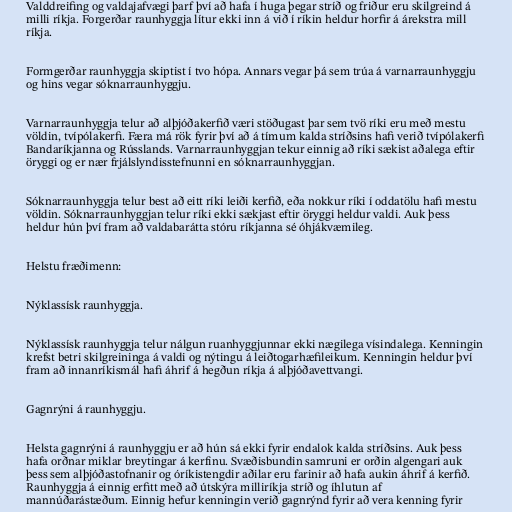
Valddreifing og valdajafvægi þarf því að hafa í huga þegar stríð og friður eru skilgreind á
milli ríkja. Forgerðar raunhyggja lítur ekki inn á við í ríkin heldur horfir á árekstra mill
ríkja.

Formgerðar raunhyggja skiptist í tvo hópa. Annars vegar þá sem trúa á varnarraunhyggju
og hins vegar sóknarraunhyggju.

Varnarraunhyggja telur að alþjóðakerfið væri stöðugast þar sem tvö ríki eru með mestu
völdin, tvípólakerfi. Færa má rök fyrir því að á tímum kalda stríðsins hafi verið tvípólakerfi
Bandaríkjanna og Rússlands. Varnarraunhyggjan tekur einnig að ríki sækist aðalega eftir
öryggi og er nær frjálslyndisstefnunni en sóknarraunhyggjan.

Sóknarraunhyggja telur best að eitt ríki leiði kerfið, eða nokkur ríki í oddatölu hafi mestu
völdin. Sóknarraunhyggjan telur ríki ekki sækjast eftir öryggi heldur valdi. Auk þess
heldur hún því fram að valdabarátta stóru ríkjanna sé óhjákvæmileg.

Helstu fræðimenn:

Nýklassísk raunhyggja.

Nýklassísk raunhyggja telur nálgun ruanhyggjunnar ekki nægilega vísindalega. Kenningin
krefst betri skilgreininga á valdi og nýtingu á leiðtogarhæfileikum. Kenningin heldur því
fram að innanríkismál hafi áhrif á hegðun ríkja á alþjóðavettvangi.

Gagnrýni á raunhyggju.

Helsta gagnrýni á raunhyggju er að hún sá ekki fyrir endalok kalda stríðsins. Auk þess
hafa orðnar miklar breytingar á kerfinu. Svæðisbundin samruni er orðin algengari auk
þess sem alþjóðastofnanir og óríkistengdir aðilar eru farinir að hafa aukin áhrif á kerfið.
Raunhyggja á einnig erfitt með að útskýra milliríkja stríð og íhlutun af
mannúðarástæðum. Einnig hefur kenningin verið gagnrýnd fyrir að vera kenning fyrir